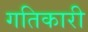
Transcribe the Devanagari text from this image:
गतिकारी